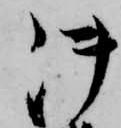
御